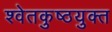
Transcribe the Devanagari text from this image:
श्वेतकुष्ठयुक्त